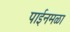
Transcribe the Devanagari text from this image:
पाईनमळा